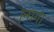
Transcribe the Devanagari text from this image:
।नागा